Malarial fevers
Disease focus: Malaria
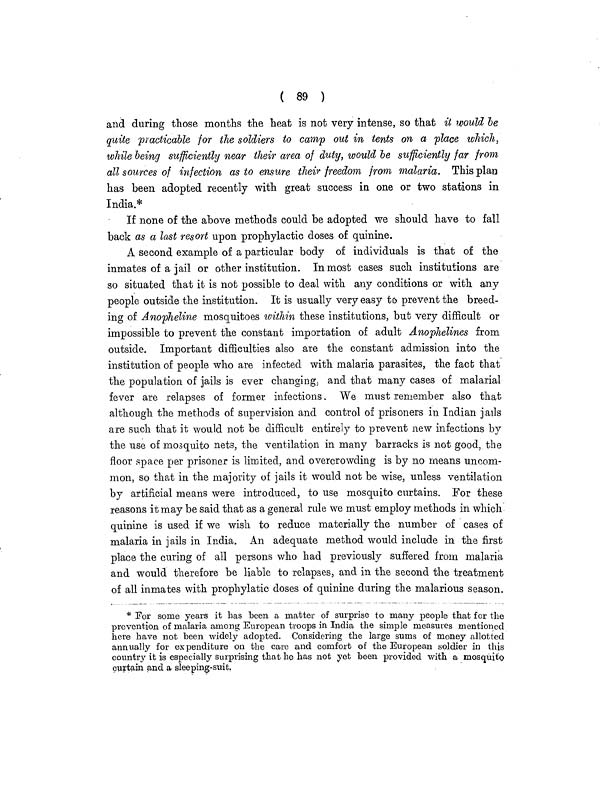
( 89 )
and during those months the heat is not very intense, so that it would be
quite practicable for the soldiers to camp out in tents on a place which,
while being sufficiently near their area of duty, would be sufficiently far from
all sources of infection as to ensure their freedom from malaria. This plan
has been adopted recently with great success in one or two stations in
India.*
If none of the above methods could be adopted we should have to fall
back as a last resort upon prophylactic doses of quinine.
A second example of a particular body of individuals is that of the
inmates of a jail or other institution. Inmost cases such institutions are
so situated that it is not possible to deal with any conditions or with any
people outside the institution. It is usually very easy to prevent the breed-
ing of Anopheline mosquitoes within these institutions, but very difficult or
impossible to prevent the constant importation of adult Anophelines from
outside. Important difficulties also are the constant admission into the
institution of people who are infected with malaria parasites, the fact that
the population of jails is ever changing, and that many cases of malarial
fever are relapses of former infections. We must remember also that
although the methods of supervision and control of prisoners in Indian jails
are such that it would not be difficult entirely to prevent new infections by
the use of mosquito nets, the ventilation in many barracks is not good, the
floor space per prisoner is limited, and overcrowding is by no means uncom-
mon, so that in the majority of jails it would not be wise, unless ventilation
by artificial means were introduced, to use mosquito curtains. For these
reasons it may be said that as a general rule we must employ methods in which
quinine is used if we wish to reduce materially the number of cases of
malaria in jails in India. An adequate method would include in the first
place the curing of all persons who had previously suffered from malaria
and would therefore be liable to relapses, and in the second the treatment
of all inmates with prophylatic doses of quinine during the malarious season.
* For some years it has been a matter of surprise to many people that for the
prevention of malaria among European troops in India the simple measures mentioned
here have not been widely adopted. Considering the large sums of money allotted
annually for expenditure on the care and comfort of the European soldier in this
country it is especially surprising that he has not yet been provided with a mosquito
curtain and a sleeping-suit.